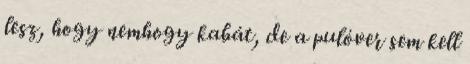
lesz, hogy nemhogy kabát, de a pulóver sem kell